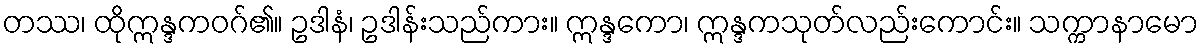
တဿ၊ ထိုဣန္ဒကဝဂ်၏။ ဥဒါနံ၊ ဥဒါန်းသည်ကား။ ဣန္ဒကော၊ ဣန္ဒကသုတ်လည်းကောင်း။ သက္ကာနာမော